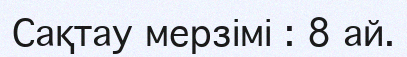
Сақтау мерзімі : 8 ай.